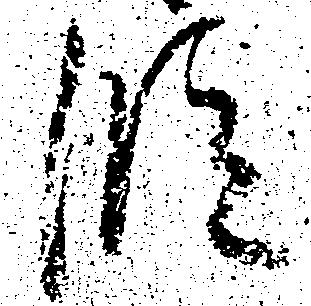
段